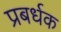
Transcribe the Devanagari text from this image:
प्रबर्धक